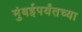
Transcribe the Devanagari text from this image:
मुंबईपर्यंतच्या